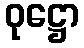
ဝုဋ္ဌော